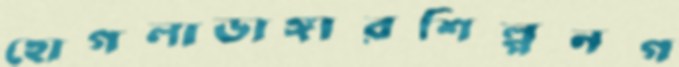
হোগলাডাঙ্গারশিল্পনগ